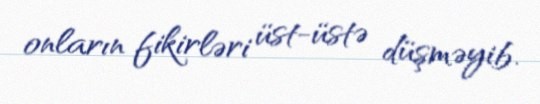
onların fikirləri üst-üstə düşməyib.